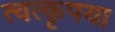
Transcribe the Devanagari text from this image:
त्वत्कृपया